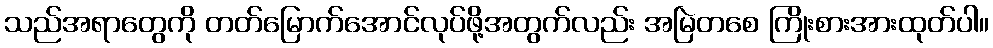
သည်အရာတွေကို တတ်မြောက်အောင်လုပ်ဖို့အတွက်လည်း အမြဲတစေ ကြိုးစားအားထုတ်ပါ။